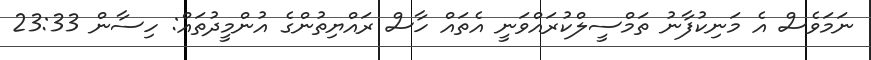
ނަމަވެސް އެ މަނިކުފާނު ތަމްސީލްކުރައްވަނީ އެތައް ހާސް ރައްޔިތުންގެ އުންމީދުތައް: ހިސާން 23:33